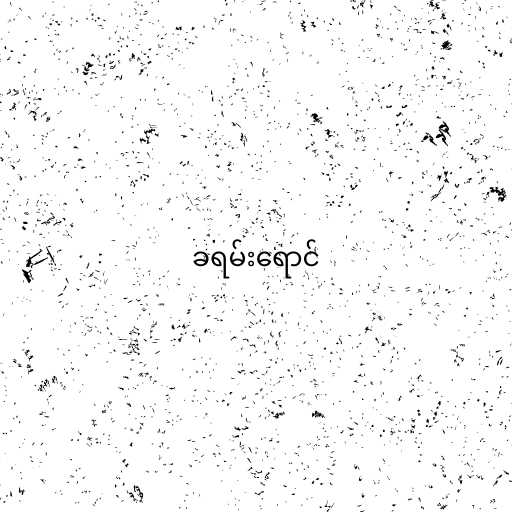
ခရမ်းရောင်